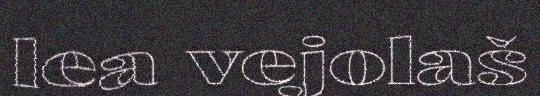
lea vejolaš